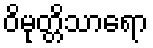
ဝိမုတ္တိသာရော